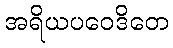
အရိယပဝေဒိတေ